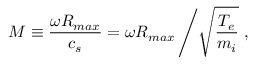
M \equiv \frac { \omega R _ { m a x } } { c _ { s } } = \omega R _ { m a x } \left/ \sqrt { \frac { T _ { e } } { m _ { i } } } \right. ,